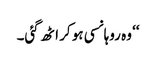
‘‘ وہ روہانسی ہو کر اٹھ گئی۔